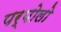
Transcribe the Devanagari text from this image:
पर्पोलो